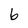
Character: 6